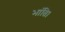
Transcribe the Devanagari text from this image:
भांति।